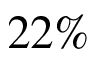
2 2 \%